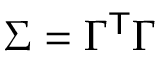
\Sigma = \Gamma ^ { \mathsf { T } } \Gamma